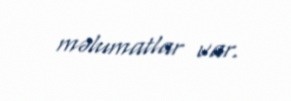
məlumatlar var.